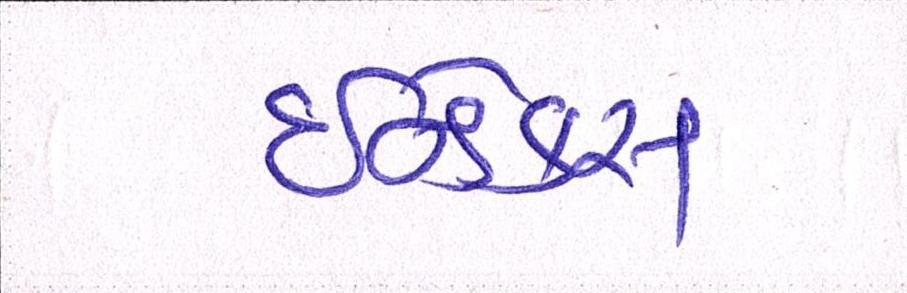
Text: ઇન્ડેક્સ